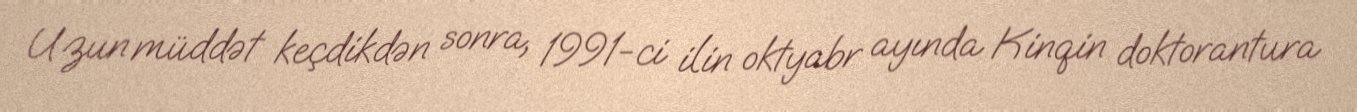
Uzun müddət keçdikdən sonra, 1991-ci ilin oktyabr ayında Kinqin doktorantura